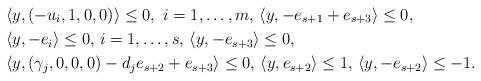
LaTeX: \begin{align*}&\langle y,(-u_i,1,0,0)\rangle\leq0,\ i=1,\ldots,m,\, \langle y,-e_{s+1}+e_{s+3}\rangle\leq 0,\\&\langle y,-e_i \rangle\leq 0,\, i=1,\ldots,s,\, \langle y,-e_{s+3}\rangle\leq 0,\\&\langle y, (\gamma_j,0,0,0)-d_je_{s+2}+e_{s+3}\rangle\leq 0,\,\langle y, e_{s+2}\rangle\leq 1,\, \langle y, -e_{s+2}\rangle\leq -1. \end{align*}